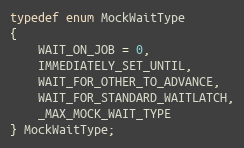
Language: C
typedef enum MockWaitType
{
	WAIT_ON_JOB = 0,
	IMMEDIATELY_SET_UNTIL,
	WAIT_FOR_OTHER_TO_ADVANCE,
	WAIT_FOR_STANDARD_WAITLATCH,
	_MAX_MOCK_WAIT_TYPE
} MockWaitType;